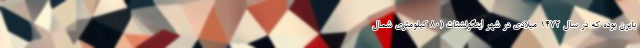
بایرن بوده که در سال ۱۴۷۲ میلادی در شهر اینگولشتات (۸۰ کیلومتری شمال